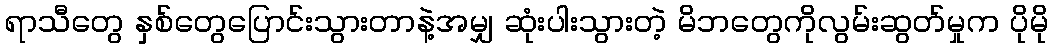
ရာသီတွေ နှစ်တွေပြောင်းသွားတာနဲ့အမျှ ဆုံးပါးသွားတဲ့ မိဘတွေကိုလွမ်းဆွတ်မှုက ပိုမို